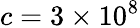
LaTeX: c=3\times 10^{8}